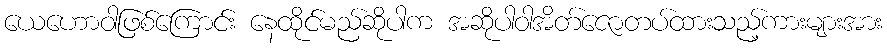
ယေဟောဝါဖြစ်ကြောင်း နေထိုင်မည်ဆိုပါက အဆိုပါဝါအိတ်ဇောတပ်ထားသည့်ကားများအား